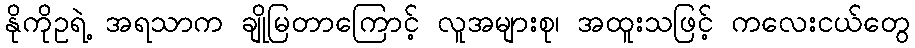
နိုကိုဥရဲ့ အရသာက ချိုမြတာကြောင့် လူအများစု၊ အထူးသဖြင့် ကလေးငယ်တွေ